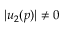
| u _ { 2 } ( p ) | \neq 0